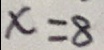
x = 8